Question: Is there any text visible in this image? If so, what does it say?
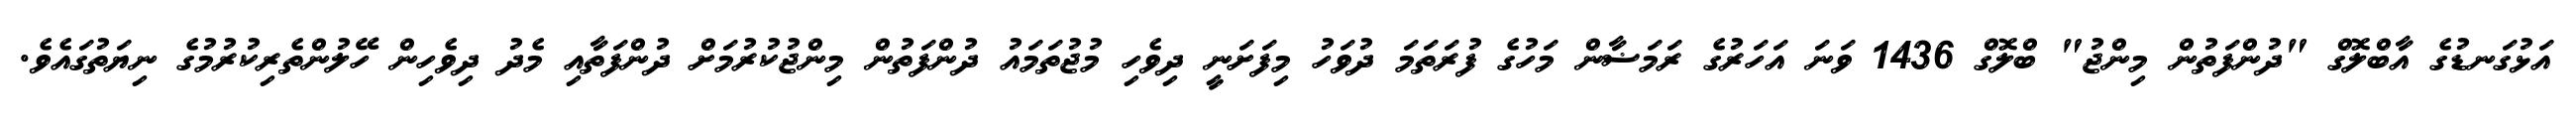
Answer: އަޅުގަނޑުގެ އާބްލޮގް "ދުންފަތުން މިންޖު" ބްލޮގް 1436 ވަނަ އަހަރުގެ ރަމަޟާން މަހުގެ ފުރަތަމަ ދުވަހު މިފަށަނީ ދިވެހި މުޖުތަމައު ދުންފަތުން މިންޖުކުރުމަށް ދުންފަތާއި މެދު ދިވެހިން ހޭލުންތެރިކުރުމުގެ ނިޔަތުގައެވެ.